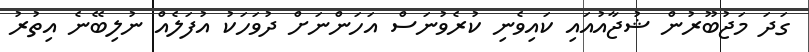
ގަދަ މަޖުބޫރުން ޝުޖާއުއައި ކައިވެނި ކުރެވުނަސް އަހަންނަށް ދުވަހަކު އުފަލެއް ނުލިބޭނެ އިތުރު